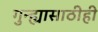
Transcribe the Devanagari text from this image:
गुन्ह्यासाठीही